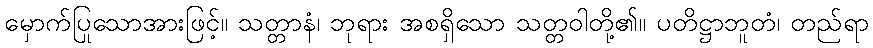
မှောက်ပြုသောအားဖြင့်။ သတ္တာနံ၊ ဘုရား အစရှိသော သတ္တဝါတို့၏။ ပတိဋ္ဌာဘူတံ၊ တည်ရာ